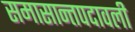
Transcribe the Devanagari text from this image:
समासान्तपदावली